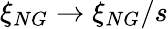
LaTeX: \xi_{NG}\to\xi_{NG}/s